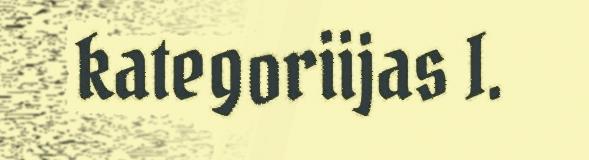
kategoriijas I.